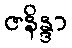
ဇနိန္ဒာ